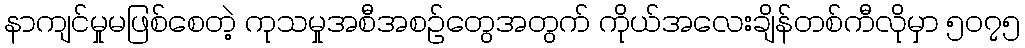
နာကျင်မှုမဖြစ်စေတဲ့ ကုသမှုအစီအစဉ်တွေအတွက် ကိုယ်အလေးချိန်တစ်ကီလိုမှာ ၅၀၇၅